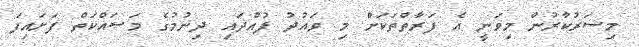
މިސަރުކާރުން މިވަނީ އެ ފަރާތްތަކަށް މި ވައުދު ފުއްދައި ދިނުމުގެ މަސައްކަތް ފަށައިފަ